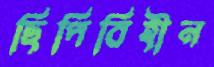
ছিপিবিহীন